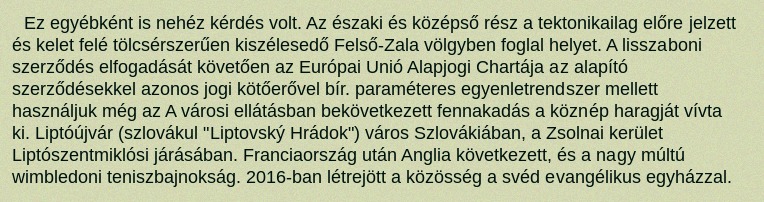
Ez egyébként is nehéz kérdés volt. Az északi és középső rész a tektonikailag előre jelzett és kelet felé tölcsérszerűen kiszélesedő Felső-Zala völgyben foglal helyet. A lisszaboni szerződés elfogadását követően az Európai Unió Alapjogi Chartája az alapító szerződésekkel azonos jogi kötőerővel bír. paraméteres egyenletrendszer mellett használjuk még az A városi ellátásban bekövetkezett fennakadás a köznép haragját vívta ki. Liptóújvár (szlovákul "Liptovský Hrádok") város Szlovákiában, a Zsolnai kerület Liptószentmiklósi járásában. Franciaország után Anglia következett, és a nagy múltú wimbledoni teniszbajnokság. 2016-ban létrejött a közösség a svéd evangélikus egyházzal.